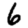
Digit: 6